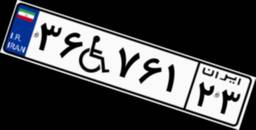
۳۶W۷۶۱۲۳